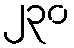
၂၃၀